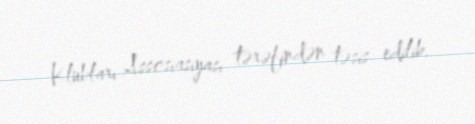
Klubları Assosiasiyası tərəfindən təsis edilib.